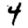
Digit: 4